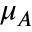
\mu _ { A }